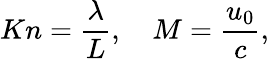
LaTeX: Kn=\frac{\lambda}{L},\quad M=\frac{u_{0}}{c},